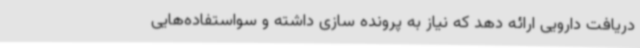
دریافت دارویی ارائه دهد که نیاز به پرونده سازی داشته و سواستفاده‌هایی